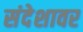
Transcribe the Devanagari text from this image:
संदेशावर